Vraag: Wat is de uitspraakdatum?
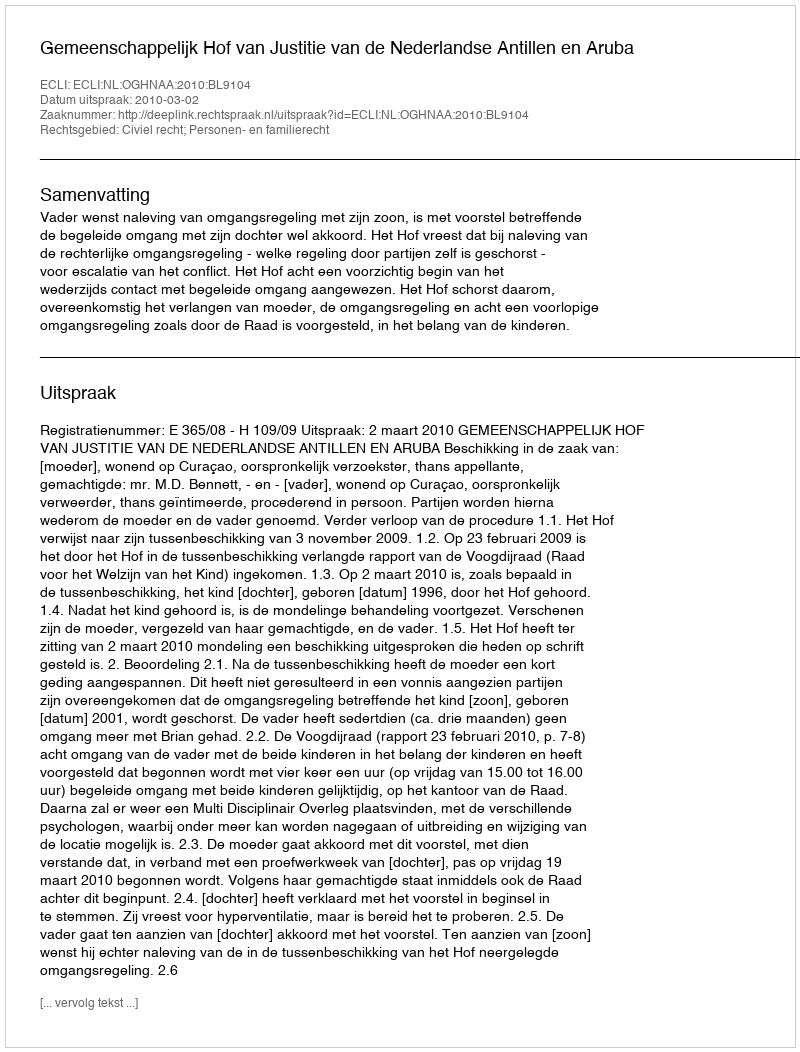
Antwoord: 2010-03-02